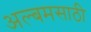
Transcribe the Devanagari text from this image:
अल्बमसाठी